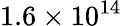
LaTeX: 1.6\times 10^{14}